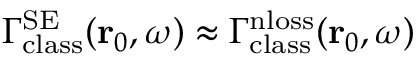
\Gamma _ { \mathrm { c l a s s } } ^ { \mathrm { S E } } ( \mathbf { r } _ { 0 } , \omega ) \approx \Gamma _ { \mathrm { c l a s s } } ^ { \mathrm { n l o s s } } ( \mathbf { r } _ { 0 } , \omega )